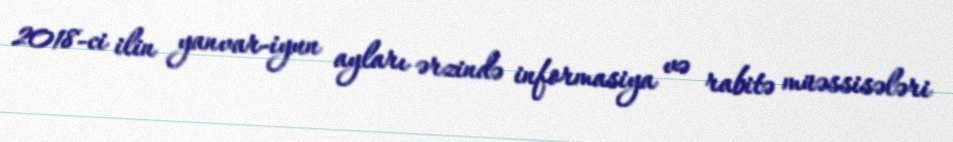
2018-ci ilin yanvar-iyun ayları ərzində informasiya və rabitə müəssisələri